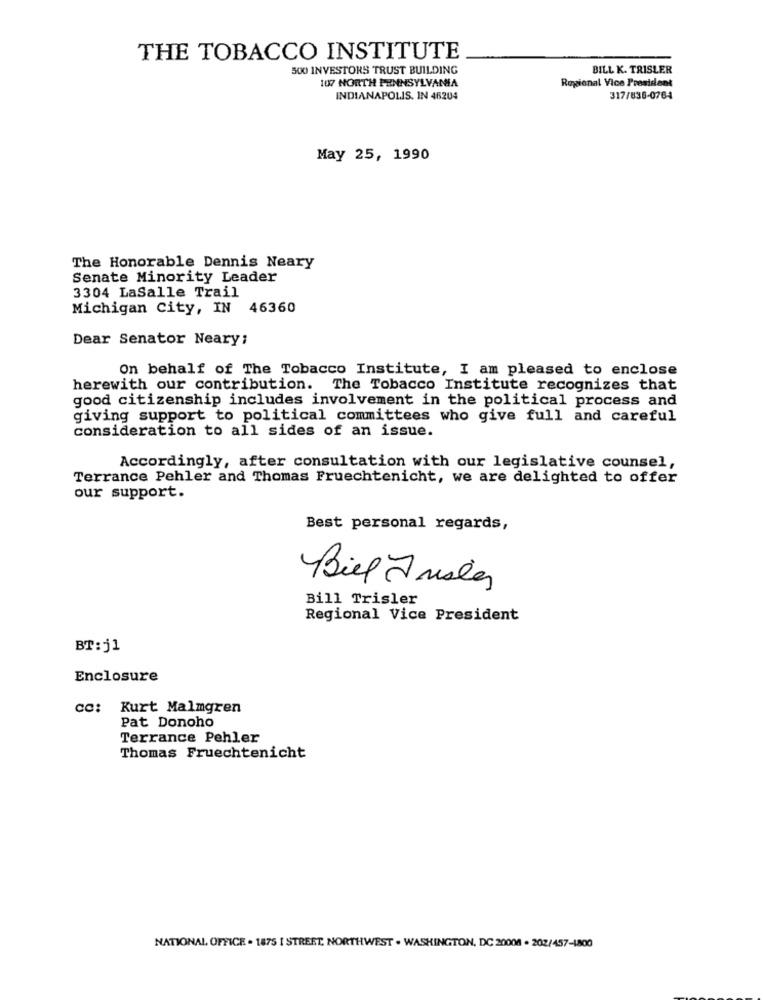
THE TOBACCO INSTITUTE
500 INVESTORS TRUST BUILDING
BILL K. TRISLER
107 NORTH PENNSYLVANIA
Ropional Vice President
INDIANAPOLIS, IN 46204
317/836-0764
May 25, 1990
The Honorable Dennis Neary
Senate Minority Leader
3304 LaSalle Trail
Michigan City, IN 46360
Dear Senator Neary:
On behalf of The Tobacco Institute, I am pleased to enclose
herewith our contribution. The Tobacco Institute recognizes that
good citizenship includes involvement in the political process and
giving support to political committees who give full and careful
consideration to all sides of an issue.
Accordingly, after consultation with our legislative counsel,
Terrance Pehler and Thomas Fruechtenicht, we are delighted to offer
our support.
Best personal regards,
Biel Jusles
Bill Trisler
Regional Vice President
BT : j1
Enclosure
cc: Kurt Malmgren
Pat Donoho
Terrance Pehler
Thomas Fruechtenicht
NATIONAL OFFICE . 1875 [ STREET. NORTHWEST . WASHINGTON, DC 20008 . 202/457-1800